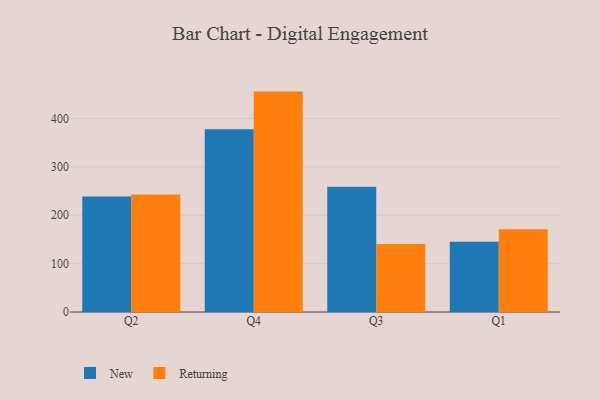
{"axis": {"x": "Quarter", "y": "Population (Million)"}, "legend": ["New", "Returning"], "data": [{"x": "Q2", "y": 238.8, "type": "New"}, {"x": "Q2", "y": 242.9, "type": "Returning"}, {"x": "Q4", "y": 377.9, "type": "New"}, {"x": "Q4", "y": 455.5, "type": "Returning"}, {"x": "Q3", "y": 258.6, "type": "New"}, {"x": "Q3", "y": 140.5, "type": "Returning"}, {"x": "Q1", "y": 145.3, "type": "New"}, {"x": "Q1", "y": 171.1, "type": "Returning"}]}